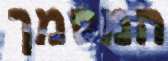
המסמך